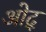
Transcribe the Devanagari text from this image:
ओद्